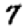
Digit: 7